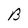
Character: B